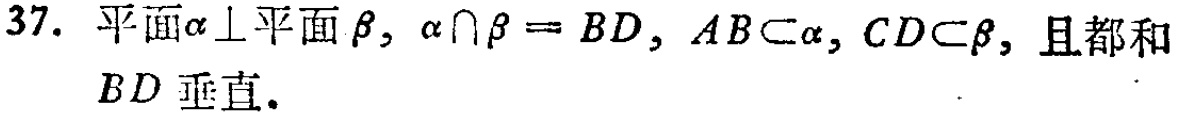
37. 平面$\alpha \perp$平面$\beta$，$\alpha \cap \beta = BD$，$AB\subset \alpha$，$CD\subset \beta$，且都和$BD$垂直.